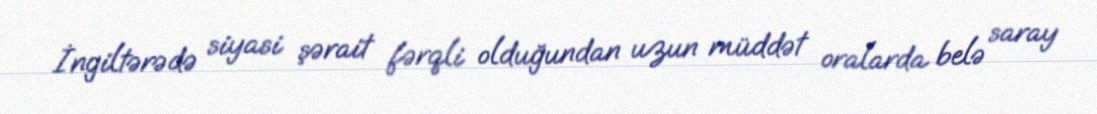
İngiltərədə siyasi şərait fərqli olduğundan uzun müddət oralarda belə saray